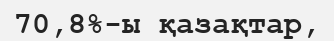
70,8%-ы қазақтар,